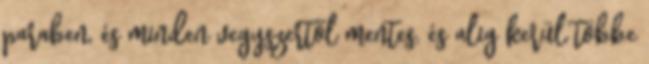
paraben, és minden vegyszertől mentes, és alig kerül többe